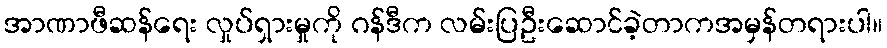
အာဏာဖီဆန်ရေး လှုပ်ရှားမှုကို ဂန်ဒီက လမ်းပြဦးဆောင်ခဲ့တာကအမှန်တရားပါ။